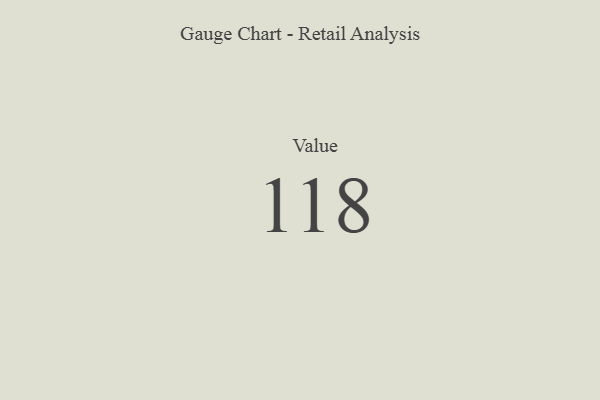
{"axis": {"x": "Metric", "y": "Value"}, "legend": [""], "data": [{"x": "Value", "y": 118, "type": ""}]}